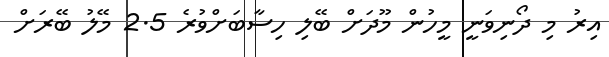
އިރު މި ދޯނިވަނީ މީހުން މޫދަށް ބޭލި ހިސާބަށްވުރެ 2.5 މޭލު ބޭރަށް